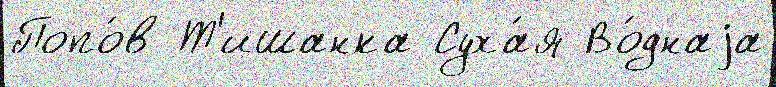
Попо́в Т'ишанка Суха́я Во́днаjа